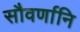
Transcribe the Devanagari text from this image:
सौवर्णानि